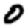
Digit: 0